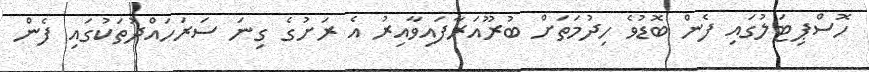
ހޮސްޕިޓަލުގައި ފެން ބޮޑުވެ ހިދުމަތަށް ބުރޫއަރާފައިވާއިރު އެ ރަށުގެ ގިނަ ސަރަހައްދުތަކުގައި ފެން